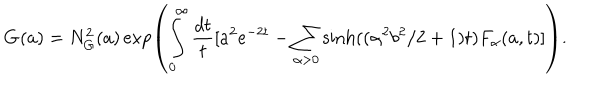
\mathbf { G } ( a ) = N _ { G } ^ { 2 } ( a ) \exp \left( \int _ { 0 } ^ { \infty } \frac { d t } { t } [ a ^ { 2 } e ^ { - 2 t } - \sum _ { \alpha > 0 } \sinh ( ( \alpha ^ { 2 } b ^ { 2 } / 2 + 1 ) t ) F _ { \alpha } ( a , t ) ] \right) .